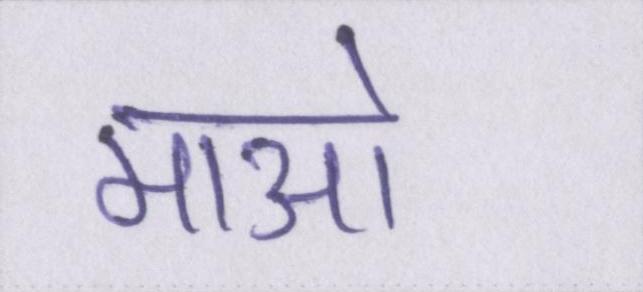
माओ